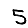
Digit: 5